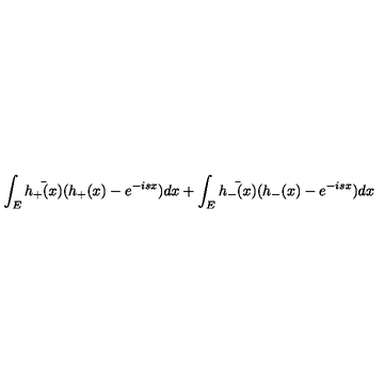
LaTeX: \int _ { E } \bar { h _ { + } ( x ) } ( h _ { + } ( x ) - e ^ { - i s x } ) d x + \int _ { E } \bar { h _ { - } ( x ) } ( h _ { - } ( x ) - e ^ { - i s x } ) d x